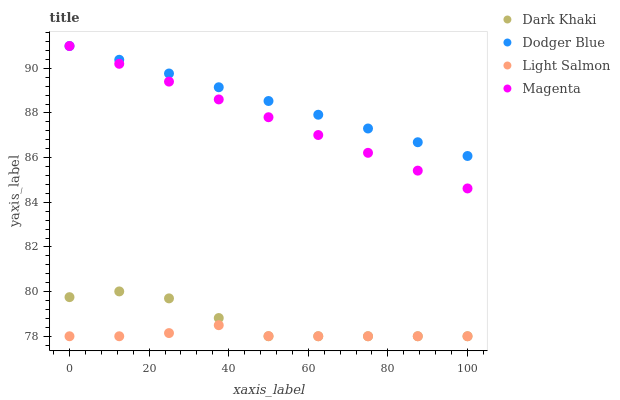
| xaxis_label | Dark Khaki | Dodger Blue | Light Salmon | Magenta |
 | --- | --- | --- | --- | --- |
 | 0 | 79.8 | 91 | 78 | 91 |
 | 12.5 | 80 | 90.4 | 78 | 90.2 |
 | 25 | 79.7 | 89.8 | 78.1 | 89.4 |
 | 37.5 | 78.8 | 89.2 | 78.5 | 88.6 |
 | 50 | 78 | 88.5 | 78 | 87.8 |
 | 62.5 | 78 | 87.9 | 78 | 87 |
 | 75 | 78 | 87.3 | 78 | 86.2 |
 | 87.5 | 78 | 86.7 | 78 | 85.4 |
 | 100 | 78 | 86.1 | 78 | 84.6 |